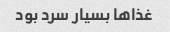
غذاها بسیار سرد بود